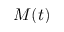
M ( t )